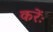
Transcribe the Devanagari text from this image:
करेंः